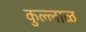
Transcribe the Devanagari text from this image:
कुल्लाळ